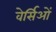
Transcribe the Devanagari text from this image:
वेर्सिओं